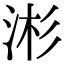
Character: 涁